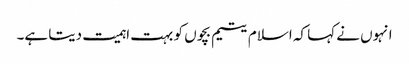
انہوں نے کہا کہ اسلام یتیم بچوں کو بہت اہمیت دیتا ہے۔